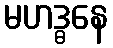
မဟဒ္ဓနေ